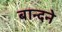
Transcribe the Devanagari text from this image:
बान्दने